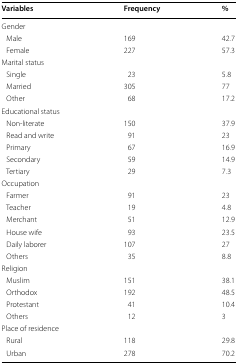
<table><thead><tr><td><b>Variables</b></td><td><b>Frequency</b></td><td><b>%</b></td></tr></thead><tbody><tr><td colspan="3">Gender</td></tr><tr><td> Male</td><td>169</td><td>42.7</td></tr><tr><td> Female</td><td>227</td><td>57.3</td></tr><tr><td colspan="3">Marital status</td></tr><tr><td> Single</td><td>23</td><td>5.8</td></tr><tr><td> Married</td><td>305</td><td>77</td></tr><tr><td> Other</td><td>68</td><td>17.2</td></tr><tr><td colspan="3">Educational status</td></tr><tr><td> Non-literate</td><td>150</td><td>37.9</td></tr><tr><td> Read and write</td><td>91</td><td>23</td></tr><tr><td> Primary</td><td>67</td><td>16.9</td></tr><tr><td> Secondary</td><td>59</td><td>14.9</td></tr><tr><td> Tertiary</td><td>29</td><td>7.3</td></tr><tr><td colspan="3">Occupation</td></tr><tr><td> Farmer</td><td>91</td><td>23</td></tr><tr><td> Teacher</td><td>19</td><td>4.8</td></tr><tr><td> Merchant</td><td>51</td><td>12.9</td></tr><tr><td> House wife</td><td>93</td><td>23.5</td></tr><tr><td> Daily laborer</td><td>107</td><td>27</td></tr><tr><td> Others</td><td>35</td><td>8.8</td></tr><tr><td colspan="3">Religion</td></tr><tr><td> Muslim</td><td>151</td><td>38.1</td></tr><tr><td> Orthodox</td><td>192</td><td>48.5</td></tr><tr><td> Protestant</td><td>41</td><td>10.4</td></tr><tr><td> Others</td><td>12</td><td>3</td></tr><tr><td colspan="3">Place of residence</td></tr><tr><td> Rural</td><td>118</td><td>29.8</td></tr><tr><td> Urban</td><td>278</td><td>70.2</td></tr></tbody></table>